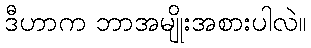
ဒီဟာက ဘာအမျိုးအစားပါလဲ။